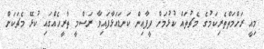
މިއީ ރަހްމަތްތެރިކަމުގެ މެޗުތައް ކުޅުމަށް ފީފާއިން ކަނޑައަޅާފައިވާ ރަސްމީ ތާރީހެއްގައި ކުޅޭ މެޗަކަށް